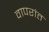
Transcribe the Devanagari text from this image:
वापरांत